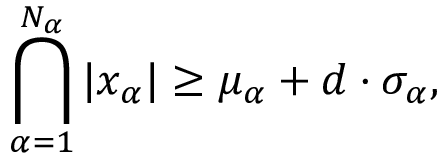
\bigcap _ { \alpha = 1 } ^ { N _ { \alpha } } | x _ { \alpha } | \geq \mu _ { \alpha } + d \cdot \sigma _ { \alpha } ,